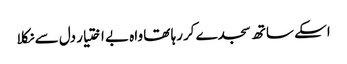
اسکے ساتھ سجدے کررہا تھا واہ بے اختیار دل سے نکلا